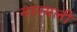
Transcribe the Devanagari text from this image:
नारयली